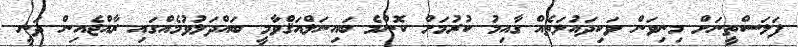
ފަލަސްތީނަށް މިނިވަން ވަކިދައުލަތެއް ގާއިމު ކުރުމަށް ކޮންމެ ބައިނަލްއަޤްވާމީ ބައްދަލުވުމެއްގައި ރާއްޖެއިން ދަނީ